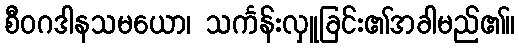
စီဝဂဒါနသမယော၊ သင်္ကန်းလှူခြင်း၏အခါမည်၏။